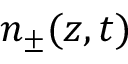
n _ { \pm } ( z , t )